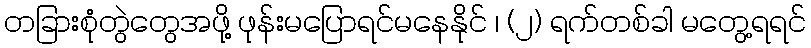
တခြားစုံတွဲတွေအဖို့ ဖုန်းမပြောရင်မနေနိုင် ၊ (၂) ရက်တစ်ခါ မတွေ့ရရင်